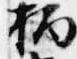
柄